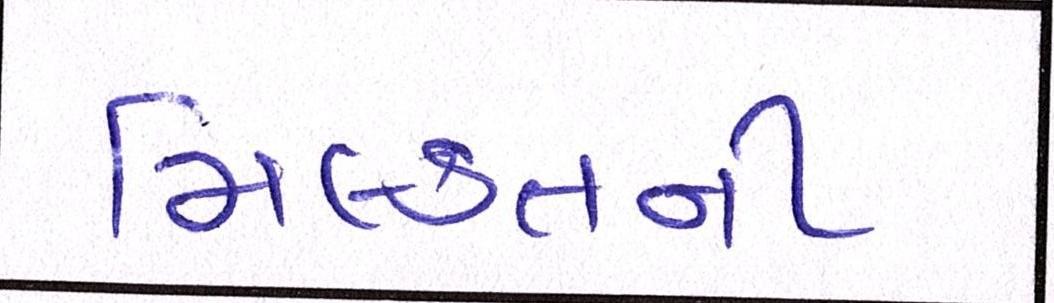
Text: મિલ્કતની